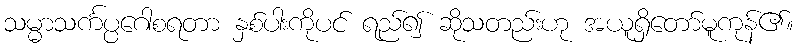
သမ္မာသင်္ကပ္ပဂေါစရတာ နှစ်ပါးကိုပင် ရည်၍ ဆိုသတည်းဟု အယူရှိတော်မူကုန်၏။